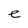
Character: e